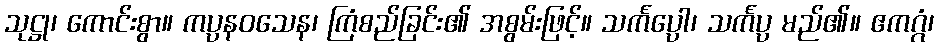
သုဋ္ဌု၊ ကောင်းစွာ။ ကပ္ပနဝသေန၊ ကြံစည်ခြင်း၏ အစွမ်းဖြင့်။ သင်္ကပ္ပော၊ သင်္ကပ္ပ မည်၏။ ဧကဂ္ဂံ၊